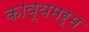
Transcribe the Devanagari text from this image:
काव्यमर्म